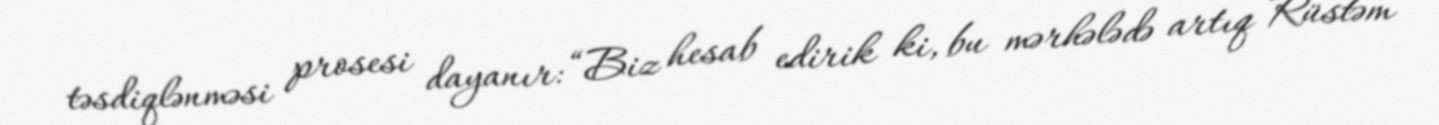
təsdiqlənməsi prosesi dayanır: “Biz hesab edirik ki, bu mərhələdə artıq Rüstəm